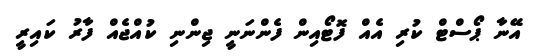
އޭނާ ޕޯސްޓް ކުރި އެއް ފޮޓޯއިން ފެންނަނީ ޖިންނި ކުއްޖެއް ފާރު ކައިރީ